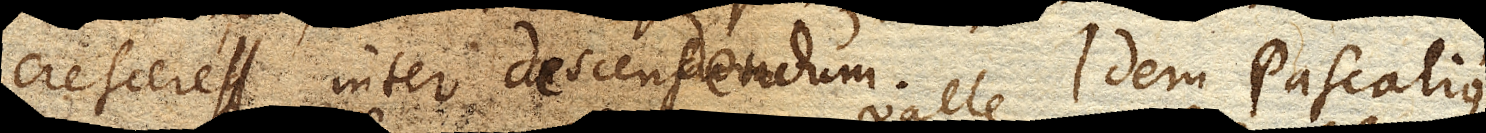
crescereque inter descensum ut inter ascendendum continue decrescet, ita